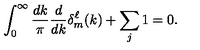
\int _ { 0 } ^ { \infty } \frac { d k } { \pi } \frac { d } { d k } \delta _ { m } ^ { \ell } ( k ) + \sum _ { j } 1 = 0 .